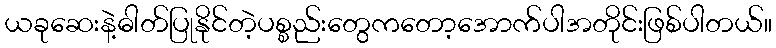
ယခုဆေးနဲ့ဓါတ်ပြုနိုင်တဲ့ပစ္စည်းတွေကတော့အောက်ပါအတိုင်းဖြစ်ပါတယ်။